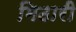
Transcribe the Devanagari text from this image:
मिठारी